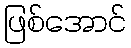
ဖြစ်အောင်